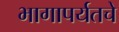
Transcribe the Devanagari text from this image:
भागापर्यतचे